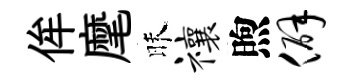
侔麾昧禳煦僻